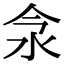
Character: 𣲎